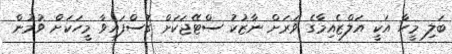
ބަލި މީހާ އަކީ އަލްޒެއިމާގެ ވަރަށް ނާޒުކު ސްޓޭޖަކަށް ގޮސްފައިވާ މީހަކަށް ވުމުން